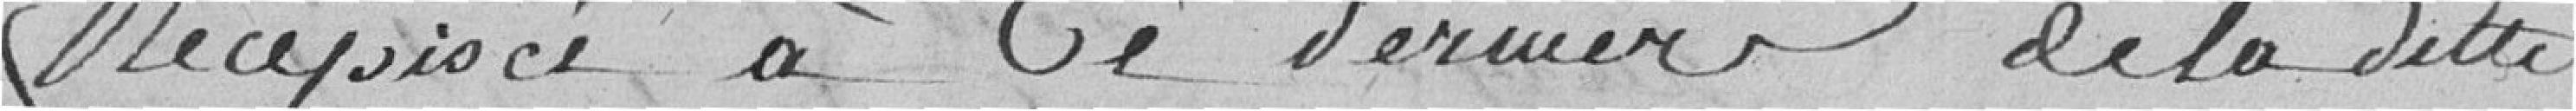
Récépissé à ce dernier de la ditte